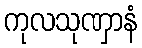
ကုလသုဏှာနံ